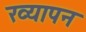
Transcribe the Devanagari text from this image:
ख्यापन